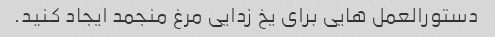
دستورالعمل هایی برای یخ زدایی مرغ منجمد ایجاد کنید.